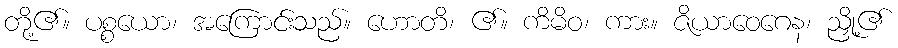
တို့၏။ ပစ္စယော၊ အကြောင်းသည်။ ဟောတိ၊ ၏။ ကိမိဝ၊ ကား။ ဇိယာဝေဂေန၊ ညှို့၏